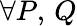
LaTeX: \forall P,\, Q